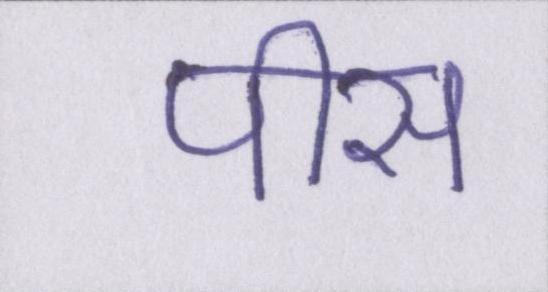
पीस